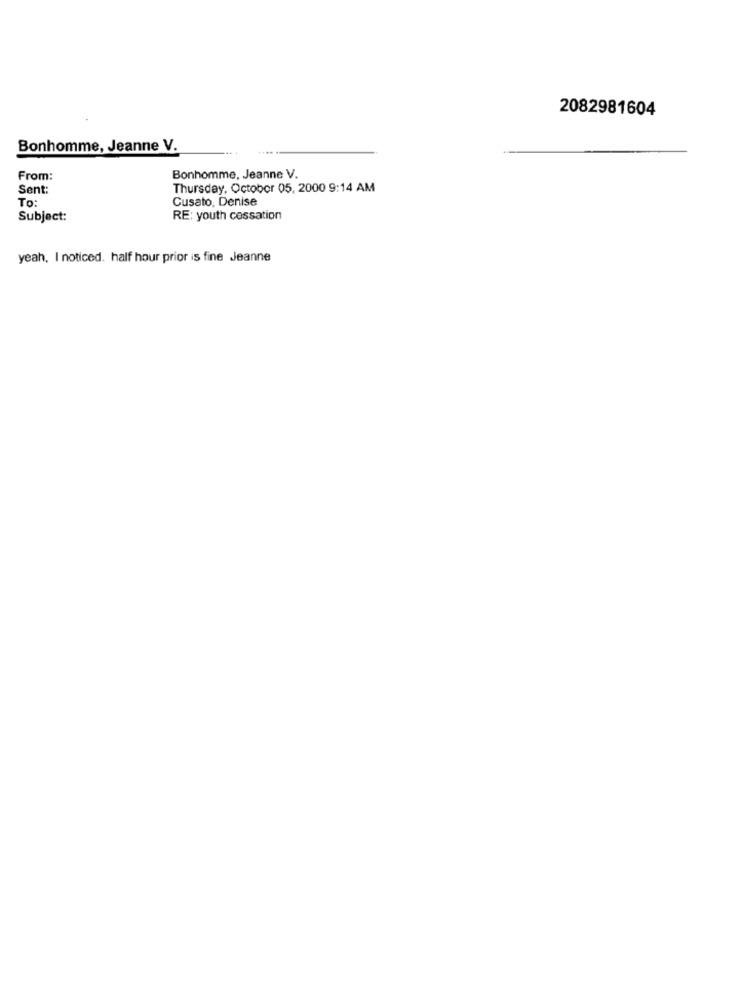
2082981604
Bonhomme, Jeanne V.
From:
Bonhomme, Jeanne V.
Sent:
Thursday, October 05, 2000 9:14 AM
To:
Cusato, Denise
Subject:
RE: youth cessation
yeah. I noticed. half hour prior is fine Jeanne